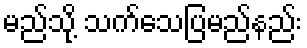
မည်သို့ သက်သေပြမည်နည်း